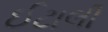
ઈટાલી